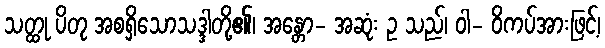
သတ္ထု ပိတု အစရှိသောသဒ္ဒါတို့၏၊ အန္တော- အဆုံး ဥ သည်၊ ဝါ- ဝိကပ်အားဖြင့်၊